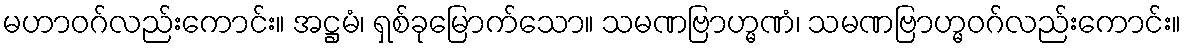
မဟာဝဂ်လည်းကောင်း။ အဋ္ဌမံ၊ ရှစ်ခုမြောက်သော။ သမဏဗြာဟ္မဏံ၊ သမဏဗြာဟ္မဝဂ်လည်းကောင်း။